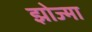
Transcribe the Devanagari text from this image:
झोज्मा